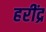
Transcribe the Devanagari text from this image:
हरींद्र